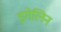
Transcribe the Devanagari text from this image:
इगेलिन